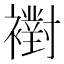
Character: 襨